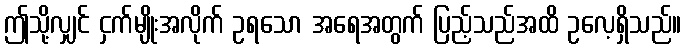
ဤသို့လျှင် ငှက်မျိုးအလိုက် ဥရသော အရေအတွက် ပြည့်သည်အထိ ဥလေ့ရှိသည်။